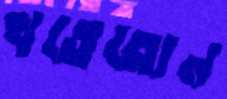
খতেজান